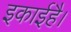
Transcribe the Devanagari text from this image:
इकाईहै।